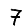
Digit: 7